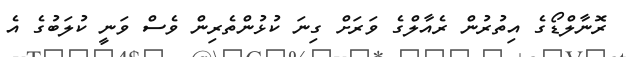
ރޮނާލްޑޯގެ އިތުރުން ރެއާލްގެ ވަރަށް ގިނަ ކުޅުންތެރިން ވެސް ވަނީ ކުލަބުގެ އެ